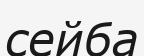
сейба